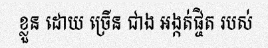
ខ្លួន ដោយ ច្រើន ជាង អង្កត់ផ្ចិត របស់